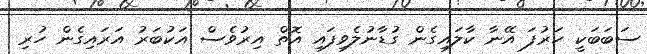
ސަބަބަކީ ހަރުފަ އޭނާ ކާލައިގެން ގުޑާނުލެވިފައި އޮތް އިރުވެސް އަކުބަރު އަރައިގެން ހުރި